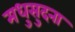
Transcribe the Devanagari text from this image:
मधुसुदना